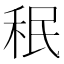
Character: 𥞔